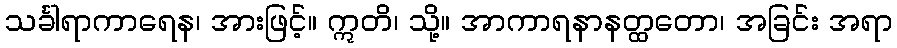
သင်္ခါရာကာရေန၊ အားဖြင့်။ ဣတိ၊ သို့။ အာကာရနာနတ္ထတော၊ အခြင်း အရာ